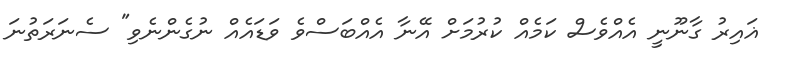
ޣައިރު ގާނޫނީ އެއްވެސް ކަމެއް ކުރުމަށް އޭނާ އެއްބަސްވެ ވަޑައެއް ނުގެންނެވި" ސެނަރަތުނަ